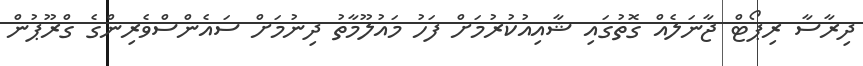
ދިރާސާ ރިޕޯޓް ޖާނަލެއް ގޮތުގައި ޝާއިއުކުރުމަށް ފަހު މައުލޫމާތު ދިނުމަށް ސައެންސްވެރިންގެ ގްރޫޕުން